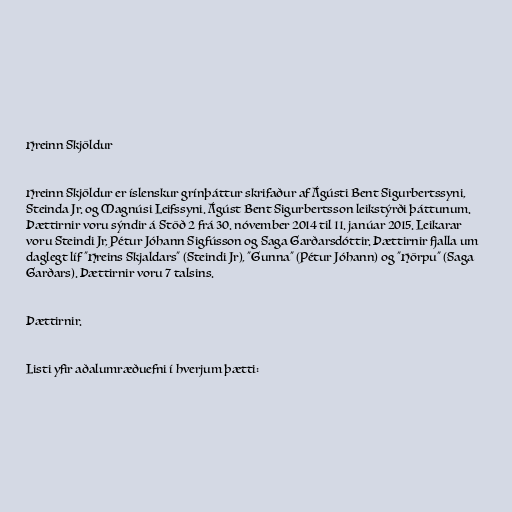
Hreinn Skjöldur

Hreinn Skjöldur er íslenskur grínþáttur skrifaður af Ágústi Bent Sigurbertssyni,
Steinda Jr. og Magnúsi Leifssyni. Ágúst Bent Sigurbertsson leikstýrði þáttunum.
Þættirnir voru sýndir á Stöð 2 frá 30. nóvember 2014 til 11. janúar 2015. Leikarar
voru Steindi Jr, Pétur Jóhann Sigfússon og Saga Garðarsdóttir. Þættirnir fjalla um
daglegt líf "Hreins Skjaldars" (Steindi Jr), "Gunna" (Pétur Jóhann) og "Hörpu" (Saga
Garðars). Þættirnir voru 7 talsins.

Þættirnir.

Listi yfir aðalumræðuefni í hverjum þætti: